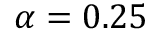
\alpha = 0 . 2 5